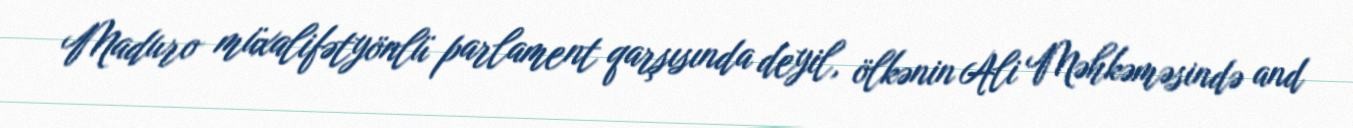
Maduro müxalifətyönlü parlament qarşısında deyil, ölkənin Ali Məhkəməsində and